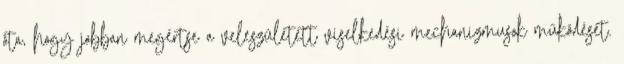
óta, hogy jobban megértse a veleszületett viselkedési mechanizmusok működését.